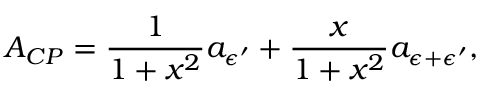
{ \cal A } _ { C P } = \frac { 1 } { 1 + x ^ { 2 } } a _ { { \epsilon } ^ { \prime } } + \frac { x } { 1 + x ^ { 2 } } a _ { { \epsilon } + { \epsilon } ^ { \prime } } ,